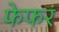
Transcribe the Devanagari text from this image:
फेफरं